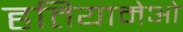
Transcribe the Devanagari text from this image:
हतियामेओ